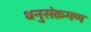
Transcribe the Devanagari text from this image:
धनुसंक्रमण